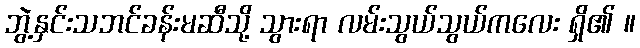
ဘွဲ့နှင်းသဘင်ခန်းမဆီသို့ သွားရာ လမ်းသွယ်သွယ်ကလေး ရှိ၏ ။